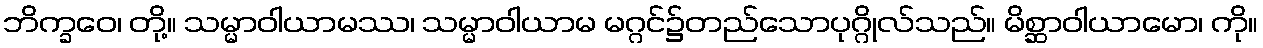
ဘိက္ခဝေ၊ တို့။ သမ္မာဝါယာမဿ၊ သမ္မာဝါယာမ မဂ္ဂင်၌တည်သောပုဂ္ဂိုလ်သည်။ မိစ္ဆာဝါယာမော၊ ကို။